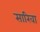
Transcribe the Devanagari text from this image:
सारिवा